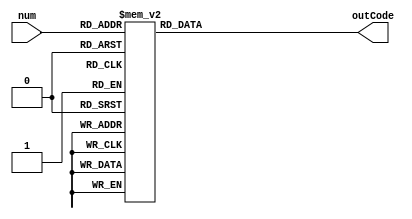
// 7 
module LED_GND(num, outCode);
input [3:0] num;
output reg[6:0] outCode;
always @ (num)
begin
    case(num)
        4'b0000: outCode = 7'b1111110;   //0
        4'b0001: outCode = 7'b0110000;   //1
        4'b0010: outCode = 7'b1101101;   //2
        4'b0011: outCode = 7'b1111001;   //3
        4'b0100: outCode = 7'b0110011;   //4
        4'b0101: outCode = 7'b1011011;   //5
        4'b0110: outCode = 7'b1011111;   //6
        4'b0111: outCode = 7'b1110000;   //7
        4'b1000: outCode = 7'b1111111;   //8
        4'b1001: outCode = 7'b1111011;   //9
        default: outCode = 7'bxxxxxxx;
    endcase
end
endmodule